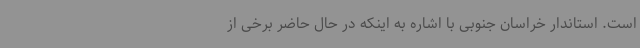
است. استاندار خراسان جنوبی با اشاره به اینکه در حال حاضر برخی از